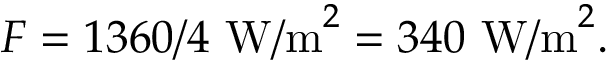
F = 1 3 6 0 / 4 \mathrm { \ W / m } ^ { 2 } = 3 4 0 \mathrm { \ W / m } ^ { 2 } .